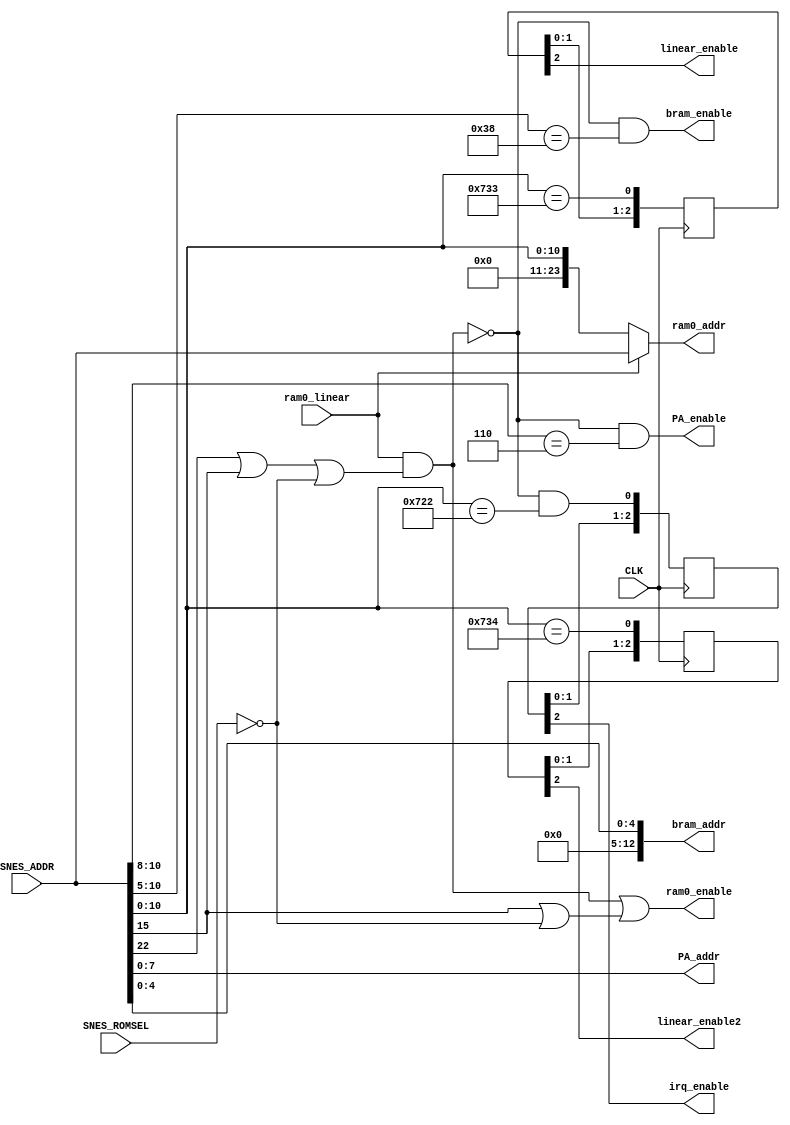
module address_24(
  input CLK,
  input SNES_ROMSEL,
  input [23:0] SNES_ADDR,   
  output [23:0] ram0_addr,
  output [7:0] PA_addr,
  output [12:0] bram_addr,
  input ram0_linear,
  output ram0_enable,
  output PA_enable,
  output bram_enable,
  output irq_enable,
  output linear_enable,
  output linear_enable2
);
wire [23:0] SRAM_SNES_ADDR;
assign ram0bank0_enable =  (SNES_ADDR[15] | ~SNES_ROMSEL); 
assign ram0linear_enable = ram0_linear & (SNES_ADDR[22] | SNES_ADDR[15] | ~SNES_ROMSEL);
assign ram0_enable = ram0linear_enable | ram0bank0_enable; 
assign PA_enable = ~ram0linear_enable & (SNES_ADDR[10:8] == 3'b110); 
assign bram_enable = ~ram0linear_enable & (SNES_ADDR[10:5] == 6'b111_000); 
wire irq_enable_ = ~ram0linear_enable & (SNES_ADDR[10:0] == 11'h722); 
wire linear_enable_ = (SNES_ADDR[10:0] == 11'h733); 
wire linear_enable2_ = (SNES_ADDR[10:0] == 11'h734); 
reg [2:0] irq_enable_r;
reg [2:0] linear_enable_r;
reg [2:0] linear_enable2_r;
always @(posedge CLK) begin
  irq_enable_r <= {irq_enable_r[1:0], irq_enable_};
  linear_enable_r <= {linear_enable_r[1:0], linear_enable_};
  linear_enable2_r <= {linear_enable2_r[1:0], linear_enable2_};
end
assign irq_enable = irq_enable_r[2];
assign linear_enable = linear_enable_r[2];
assign linear_enable2 = linear_enable2_r[2];
assign ram0_addr = ram0_linear ? SNES_ADDR
                 : {13'b0,SNES_ADDR[10:0]};
assign PA_addr = SNES_ADDR[7:0];
assign bram_addr = SNES_ADDR[4:0];
endmodule